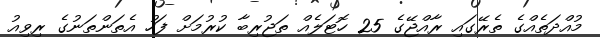
މުއްދަތެއްގެ ތެރޭގައި ރާއްޖޭގެ 25 ހޮޓަލެއް ތަޖުރިބާ ކުރުމަށް ފަހު އެތަންތަނުގެ ރިވިއު